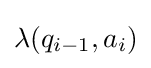
\lambda (q_{i-1},a_{i})